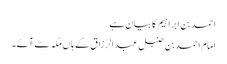
احمد بن ابراہیم کا بیان ہے
امام احمد بن حنبل عبدالرزاق کے ہاں مکہ سے آئے۔